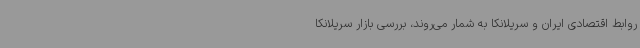
روابط اقتصادی ایران و سریلانکا به شمار می‌روند، بررسی بازار سریلانکا